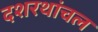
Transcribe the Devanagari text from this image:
दशरथांचल